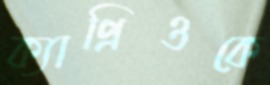
ক্যাপ্রিওকে